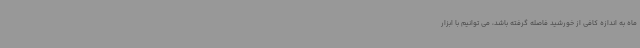
ماه به اندازه کافی از خورشید فاصله گرفته باشد، می توانیم با ابزار